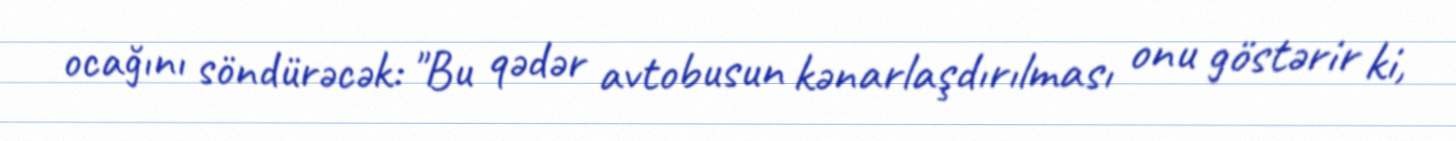
ocağını söndürəcək: "Bu qədər avtobusun kənarlaşdırılması onu göstərir ki,